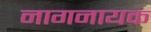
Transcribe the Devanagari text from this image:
नागनायक